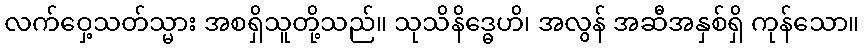
လက်ဝှေ့သတ်သ္မား အစရှိသူတို့သည်။ သုသိနိဒ္ဓေဟိ၊ အလွန် အဆီအနှစ်ရှိ ကုန်သော။